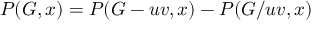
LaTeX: P ( G , x ) = P ( G - u v , x ) - P ( G / u v , x )